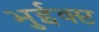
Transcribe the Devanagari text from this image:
भुईक्प्ट